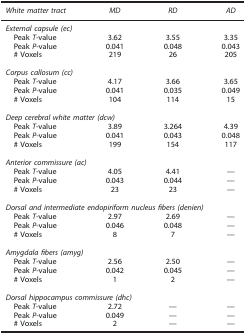
| White matter tract | MD | RD | AD |
 | --- | --- | --- | --- |
 | <COLSPAN=4> External capsule (ec) |
 | Peak T-value | 3.62 | 3.55 | 3.35 |
 | Peak P-value | 0.041 | 0.048 | 0.043 |
 | # Voxels | 219 | 26 | 205 |
 | <COLSPAN=4>  |
 | <COLSPAN=4> Corpus callosum (cc) |
 | Peak T-value | 4.17 | 3.66 | 3.65 |
 | Peak P-value | 0.041 | 0.035 | 0.049 |
 | # Voxels | 104 | 114 | 15 |
 | <COLSPAN=4>  |
 | <COLSPAN=4> Deep cerebral white matter (dcw) |
 | Peak T-value | 3.89 | 3.264 | 4.39 |
 | Peak P-value | 0.041 | 0.043 | 0.048 |
 | # Voxels | 199 | 154 | 117 |
 | <COLSPAN=4>  |
 | <COLSPAN=4> Anteriorcommissure(ac) |
 | Peak T-value | 4.05 | 4.41 | — |
 | Peak P-value | 0.043 | 0.044 | — |
 | # Voxels | 23 | 23 | — |
 | <COLSPAN=4>  |
 | <COLSPAN=4> Dorsal and intermediate endopiriform nucleus fibers (denien) |
 | Peak T-value | 2.97 | 2.69 | — |
 | Peak P-value | 0.046 | 0.048 | — |
 | # Voxels | 8 | 7 | — |
 | <COLSPAN=4>  |
 | <COLSPAN=4> Amygdala fibers (amyg) |
 | Peak T-value | 2.56 | 2.50 | — |
 | Peak P-value | 0.042 | 0.045 | — |
 | # Voxels | 1 | 2 | — |
 | <COLSPAN=4>  |
 | <COLSPAN=4> Dorsal hippocampuscommissure(dhc) |
 | Peak T-value | 2.72 | — | — |
 | Peak P-value | 0.049 | — | — |
 | # Voxels | 2 | — | — |